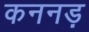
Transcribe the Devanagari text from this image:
कननड़